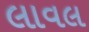
લાવલ